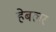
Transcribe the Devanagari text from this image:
हेबलर